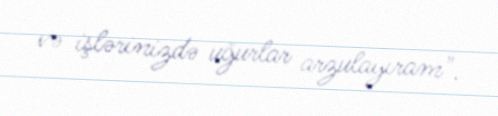
və işlərinizdə uğurlar arzulayıram".